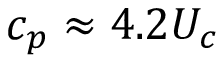
c _ { p } \approx 4 . 2 U _ { c }